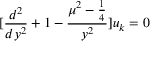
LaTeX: [ \frac { d ^ { 2 } } { d y ^ { 2 } } + 1 - \frac { \mu ^ { 2 } - \frac { 1 } { 4 } } { y ^ { 2 } } ] u _ { k } = 0